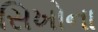
સિખોના